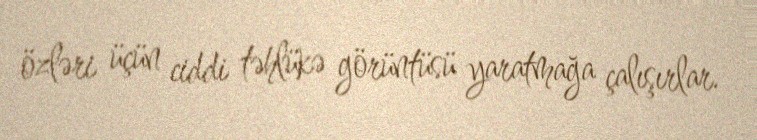
özləri üçün ciddi təhlükə görüntüsü yaratmağa çalışırlar.